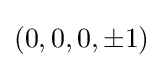
(0,0,0,\pm 1)